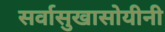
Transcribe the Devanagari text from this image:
सर्वासुखासोयीनी